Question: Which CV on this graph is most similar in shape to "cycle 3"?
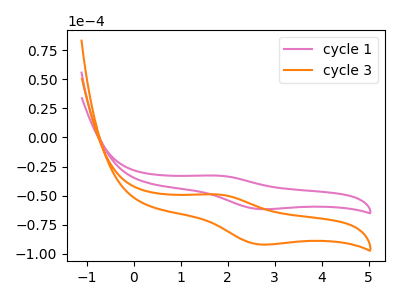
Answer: <think>The pink curve "cycle 1" has an anodic peak at (1.80V, -32.80uA) and a cathodic peak at (2.70V, -61.55uA). The orange curve "cycle 3" has an anodic peak at (1.80V, -49.00uA) and a cathodic peak at (2.70V, -91.95uA).
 All the peaks in "cycle 1" have a peak in "cycle 3" at the same potential.</think>
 <answer>The CV with the most similar shape to "cycle 1" is "cycle 3".</answer>
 <eval>"cycle 3"</eval>